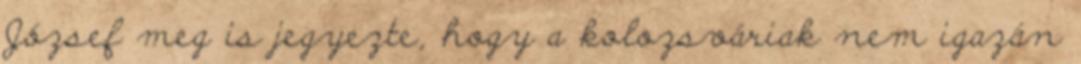
József meg is jegyezte, hogy a kolozsváriak nem igazán